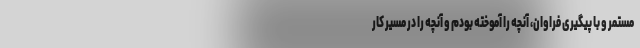
مستمر و با پیگیری فراوان، آنچه را آموخته بودم و آنچه را در مسیر کار